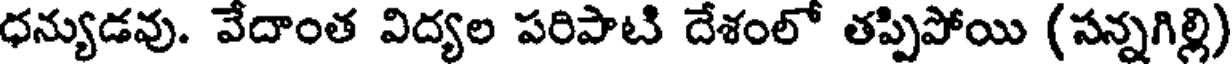
ధన్యుడవు. వేదాంత విద్యల పరిపాటి దేశంలో తప్పిపోయి (సన్నగిల్లి)